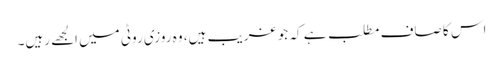
اس کا صاف مطلب ہے کہ جو غریب ہیں، وہ روزی روٹی میں الجھے رہیں۔